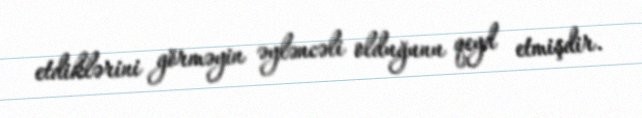
etdiklərini görməyin əyləncəli olduğunu qeyd etmişdir.